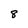
Character: 8